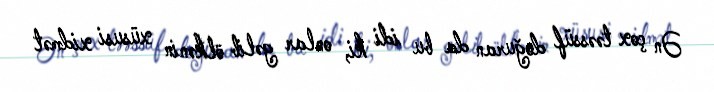
Ən çox təəssüf doğuran da bu idi ki, onlar gəlib ölkənin xüsusi xidmət